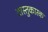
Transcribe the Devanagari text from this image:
वास्तुकारक